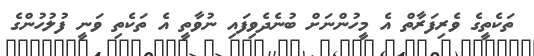
ތަކެތީގެ ވެރިފަރާތް އެ މީހުންނަށް ބުނެދެވިފައި ނުވާތީ އެ ތަކެތި ވަނީ ފުލުހުންގެ